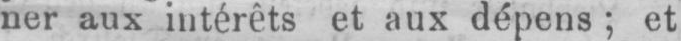
ner aux intérêts et aux dépens; et